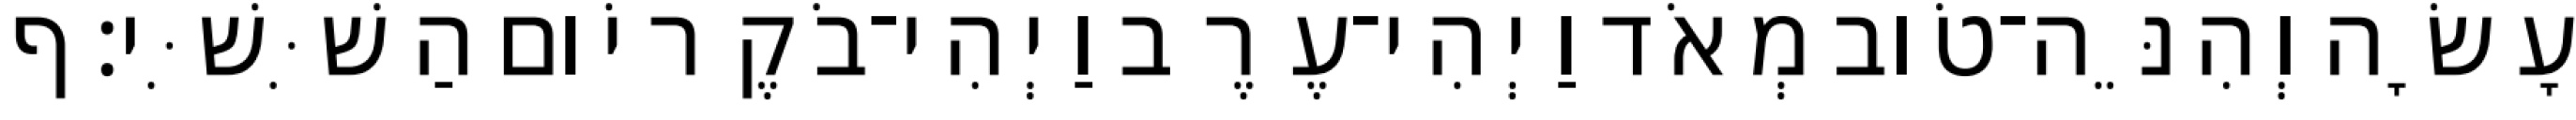
עָשָׂה וְהִנֵּה־טֹוב מְאֹד וַיְהִי־עֶרֶב וַיְהִי־בֹקֶר יֹום הַשִּׁשִּׁי׃ ף